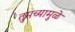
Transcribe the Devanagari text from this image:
तुमच्यामुळे